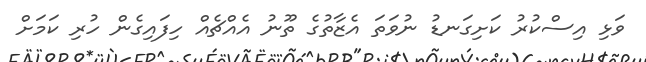
ވަޅި އިސްކުރު ކަށިގަނޑު ނުވަތަ އެޒާތުގެ ތޫނު އެއްޗެއް ހިފައިގެން ހުރި ކަމަށް